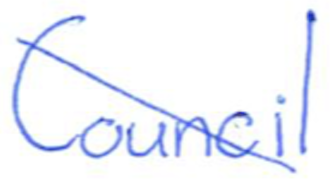
Text: Council
Cross-out: diagonal
Writing tool: ballpoint